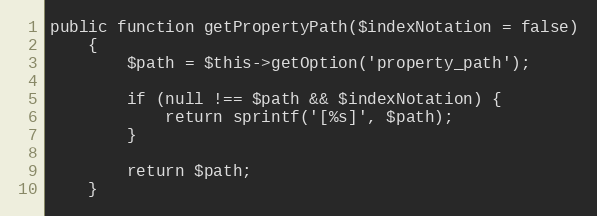
Language: PHP
public function getPropertyPath($indexNotation = false)
    {
        $path = $this->getOption('property_path');

        if (null !== $path && $indexNotation) {
            return sprintf('[%s]', $path);
        }

        return $path;
    }